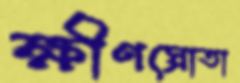
ক্ষীণস্রোতা